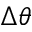
\Delta \theta